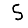
Digit: 5